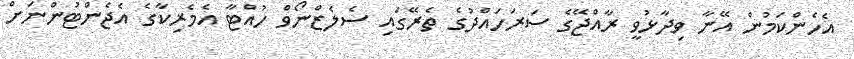
އެހެންކަމުން އޭނާ ވިދާޅުވީ ރާއްޖޭގެ ސަރަހައްދުގެ ތެރޭގައި ސެލެޒްނޯވް ހުއްޓާ އެމެރިކާގެ އެޖެންޓުންނަށް